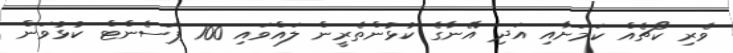
ވެރި ކޯޗެއް ކަމަށާއި އަދި އޭނާގެ ކުޅުންތެރީން ލައްވައި 100 ޕަސެންޓް ކުޅުވަން